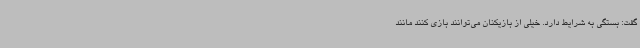
گفت: بستگی به شرایط دارد. خیلی از بازیکنان می‌توانند بازی کنند مانند